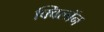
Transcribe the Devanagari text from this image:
क्विलॉन